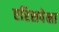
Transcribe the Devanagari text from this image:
एरिसपेक्षा